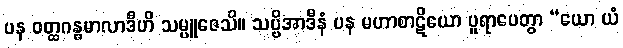
ပန ဝတ္ထဂန္ဓမာလာဒီဟိ သမ္ပူဇေသိ။ သပ္ပိအာဒီနံ ပန မဟာစာဋိယော ပူရာပေတွာ “ယော ယံ